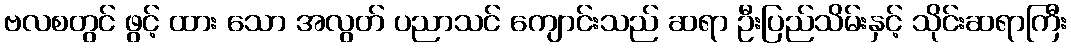
ဗလစတွင် ဖွင့် ထား သော အလွတ် ပညာသင် ကျောင်းသည် ဆရာ ဦးပြည်သိမ်းနှင့် သိုင်းဆရာကြီး